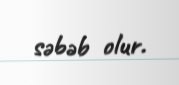
səbəb olur.